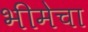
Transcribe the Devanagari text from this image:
भीमेचा